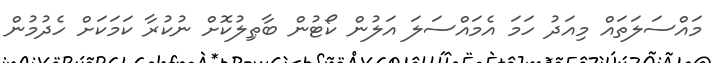
މައްސަލަތައް މިއަދު ހަމަ އެމައްސަލަ އަލުން ކޯޓުން ބާޠިލުކޮށް ނުކުރާ ކަމަކަށް ހެދުމުން